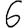
Digit: 6